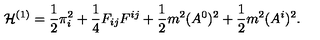
{ \cal H } ^ { ( 1 ) } = \frac { 1 } { 2 } \pi _ { i } ^ { 2 } + \frac { 1 } { 4 } F _ { i j } F ^ { i j } + \frac { 1 } { 2 } m ^ { 2 } ( A ^ { 0 } ) ^ { 2 } + \frac { 1 } { 2 } m ^ { 2 } ( A ^ { i } ) ^ { 2 } .